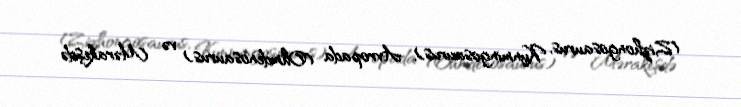
(Zizhongosaurus, Kunmingosaurus), Avropada (Ohmdenosaurus) və Mərakeşdə